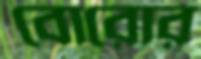
বোরোর